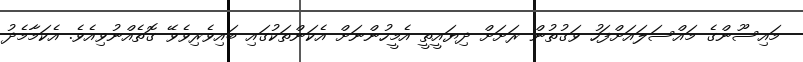
މައިސޫންގެ މައްސަލައަށްފަހު ވަގުތުން ރަށަށް ދިޔައީތީ އެމީހުންނަށް އެކަންތަކުގައި ބައިވެރިވެވޭ ގޮތެއްނުވިއެވެ. އެކަމާމެދު